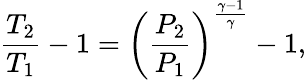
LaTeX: {\frac{T_{2}}{T_{1}}}-1=\left({\frac{P_{2}}{P_{1}}}\right)^{\frac{\gamma-1}{\gamma}}-1,